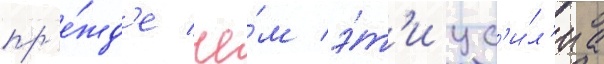
пр'е́жд'е че́м э́т'и ус'и́л'иа